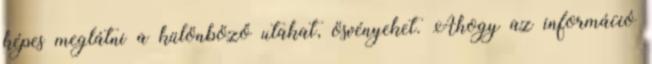
képes meglátni a különböző utakat, ösvényeket. Ahogy az információ